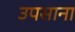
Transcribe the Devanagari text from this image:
उपसाना